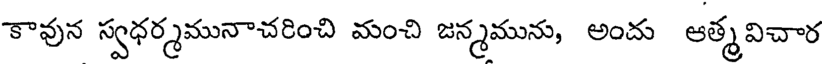
కావున స్వధర్మమునాచరించి మంచి జన్మమును, అందు ఆత్మవిచార